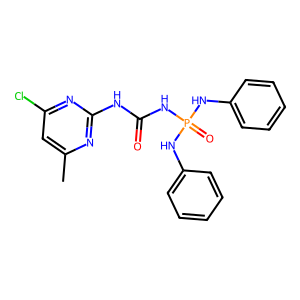
SMILES: Cc1cc(Cl)nc(NC(=O)NP(=O)(Nc2ccccc2)Nc2ccccc2)n1
Inhibits HIV replication: No